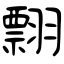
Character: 翲